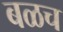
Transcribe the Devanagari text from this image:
बळच